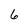
Character: 6